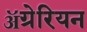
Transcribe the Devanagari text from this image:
ॲग्रेरियन